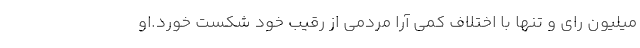
ميليون راي و تنها با اختلاف كمي آرا مردمي از رقيب خود شكست خورد.او